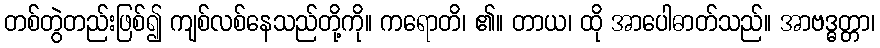
တစ်တွဲတည်းဖြစ်၍ ကျစ်လစ်နေသည်တို့ကို။ ကရောတိ၊ ၏။ တာယ၊ ထို အာပေါဓာတ်သည်။ အာဗဒ္ဓတ္တာ၊